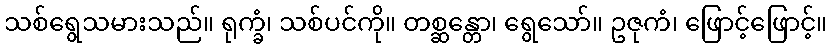
သစ်ရွေသမားသည်။ ရုက္ခံ၊ သစ်ပင်ကို။ တစ္ဆန္တော၊ ရွေသော်။ ဥဇုကံ၊ ဖြောင့်ဖြောင့်။